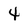
Character: 4